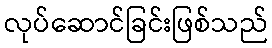
လုပ်ဆောင်ခြင်းဖြစ်သည်